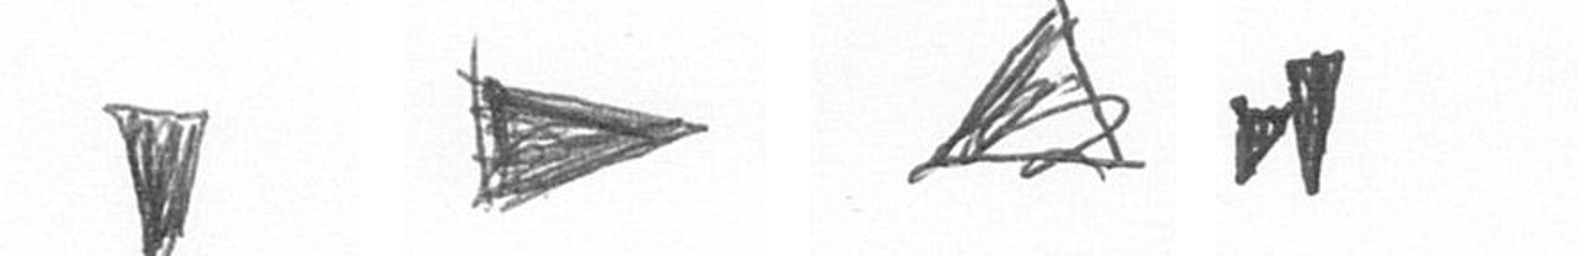
J T O M